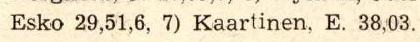
Esko 29,51,6, 7) Kaartinen, E. 38,03.